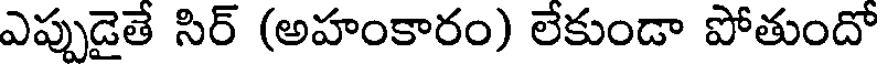
ఎప్పుడైతే సిర్ (అహంకారం) లేకుండా పోతుందో